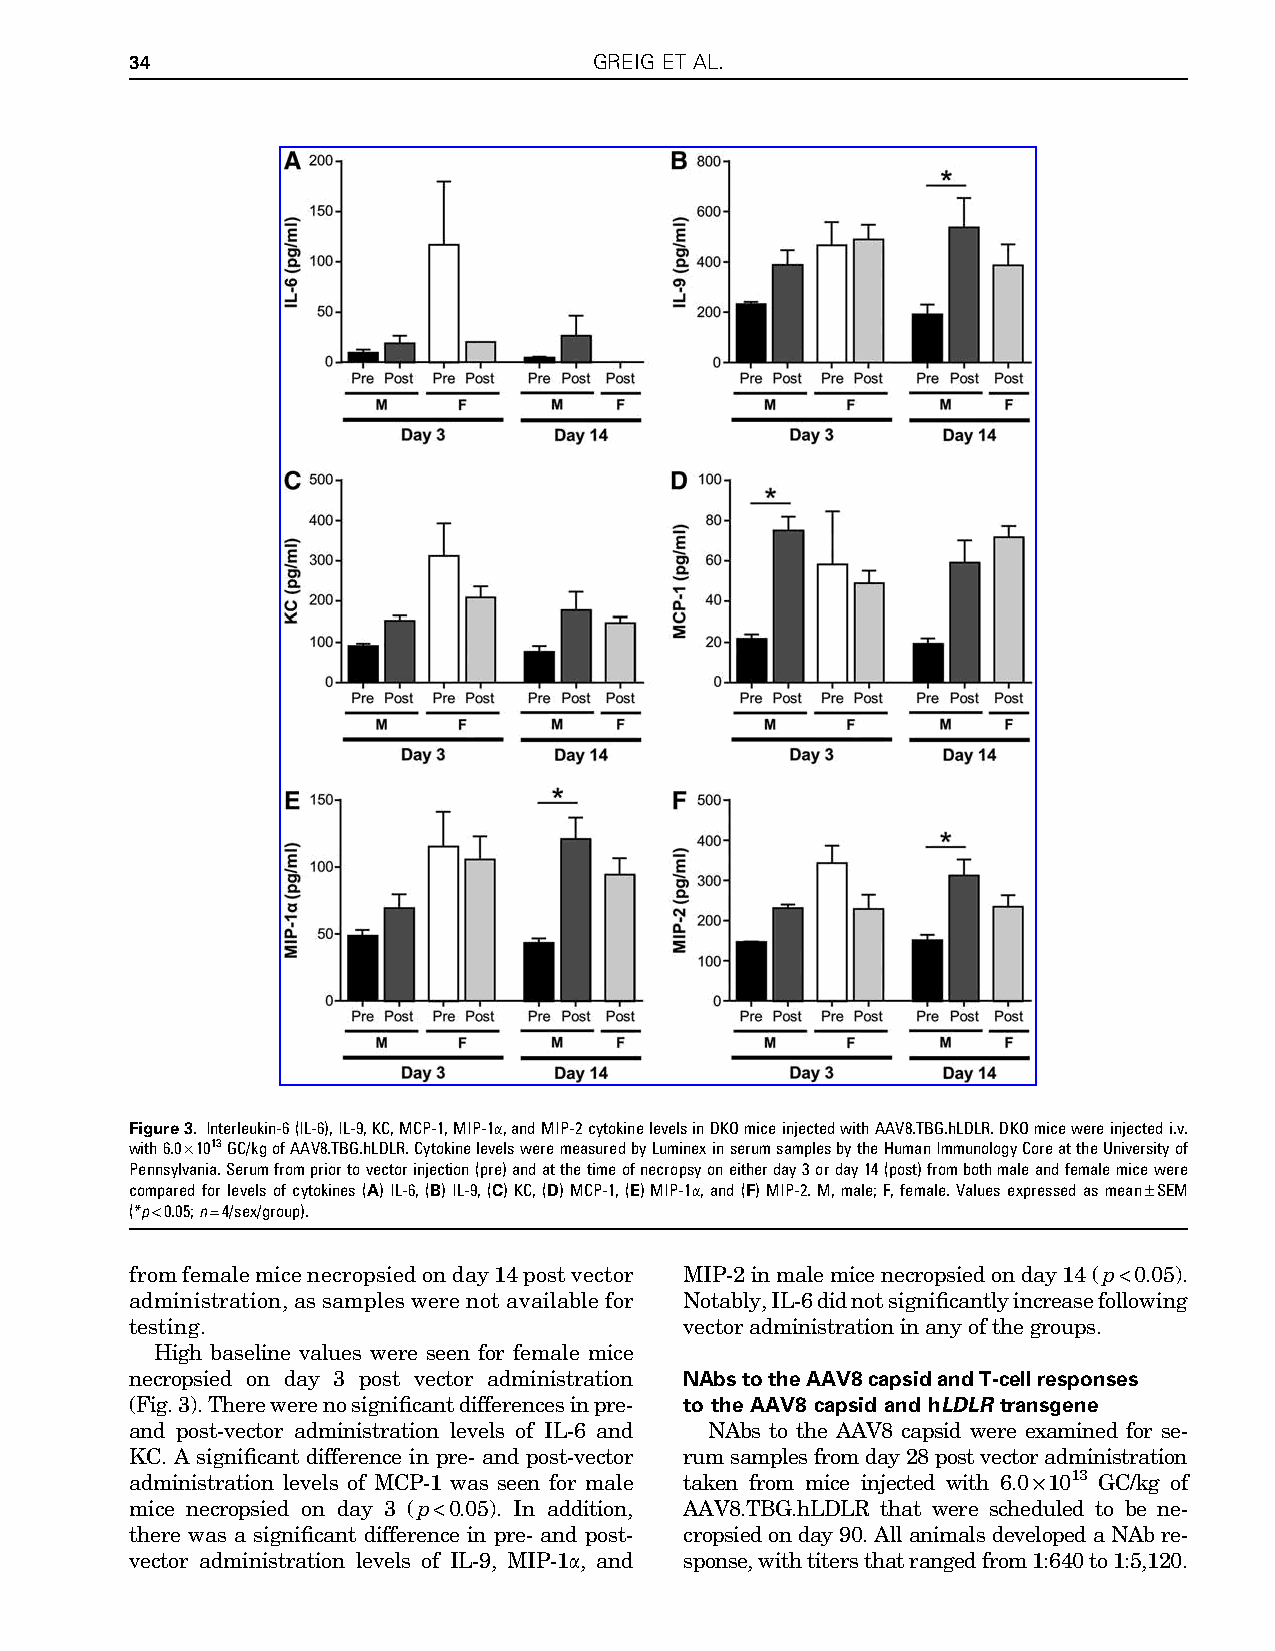
34                            GREIG ET AL.
 Figure3. Interleukin-6(IL-6),IL-9,KC,MCP-1,MIP-1a,andMIP-2cytokinelevelsinDKOmiceinjectedwithAAV8.TBG.hLDLR.DKOmicewereinjectedi.v.
 with6.0·1013GC/kgofAAV8.TBG.hLDLR.CytokinelevelsweremeasuredbyLuminexinserumsamplesbytheHumanImmunologyCoreattheUniversityof
 Pennsylvania.Serumfrompriortovectorinjection(pre)andatthetimeofnecropsyoneitherday3orday14(post)frombothmaleandfemalemicewere
 compared for levels of cytokines (A) IL-6, (B) IL-9, (C) KC, (D) MCP-1, (E) MIP-1a, and (F) MIP-2. M, male; F, female. Values expressed as mean–SEM
 (*p<0.05;n=4/sex/group).
 fromfemalemicenecropsiedonday14postvector MIP-2inmalemicenecropsiedonday14(p<0.05).
 administration,assampleswerenotavailablefor Notably,IL-6didnotsignificantlyincreasefollowing
 testing.                            vectoradministrationinanyofthegroups.
 High baseline values were seen for female mice
 necropsied on day 3 post vector administration NAbstotheAAV8capsidandT-cellresponses
 (Fig.3).Therewerenosignificantdifferencesinpre- to the AAV8 capsid and hLDLR transgene
 and post-vector administration levels of IL-6 and NAbs to the AAV8 capsid were examined for se-
 KC. A significant difference in pre- and post-vector rumsamplesfromday28postvectoradministration
 administration levels of MCP-1 was seen for male taken from mice injected with 6.0·1013 GC/kg of
 mice necropsied on day 3 (p<0.05). In addition, AAV8.TBG.hLDLR that were scheduled to be ne-
 there was a significant difference in pre- and post- cropsiedonday90.AllanimalsdevelopedaNAbre-
 vector administration levels of IL-9, MIP-1a, and sponse,withtitersthatrangedfrom1:640to1:5,120.